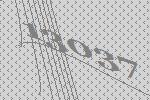
13037